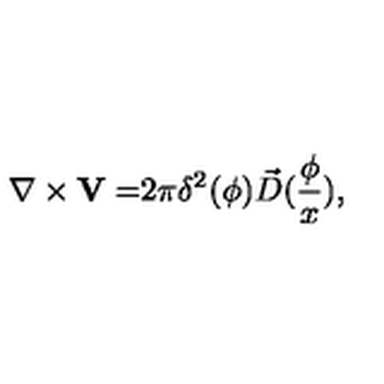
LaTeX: \nabla \times { \bf V = } 2 \pi \delta ^ { 2 } ( { \bf \phi } ) \vec { D } ( \frac \phi x ) ,